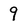
Character: 9